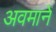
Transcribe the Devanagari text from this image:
अवमानें